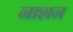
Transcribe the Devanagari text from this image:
नाशन